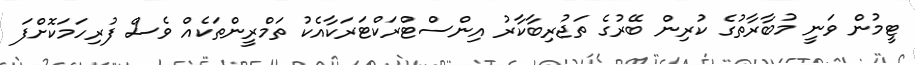
ޓީމުން ވަނީ މުބާރާތުގެ ކުރިން ބޭރުގެ ތަޖުރިބާކާރު އިންސްޓްރަކްޓަރަކާއެކު ތަމްރީންތަކެއް ވެސް ފުރިހަމަކޮށްފަ